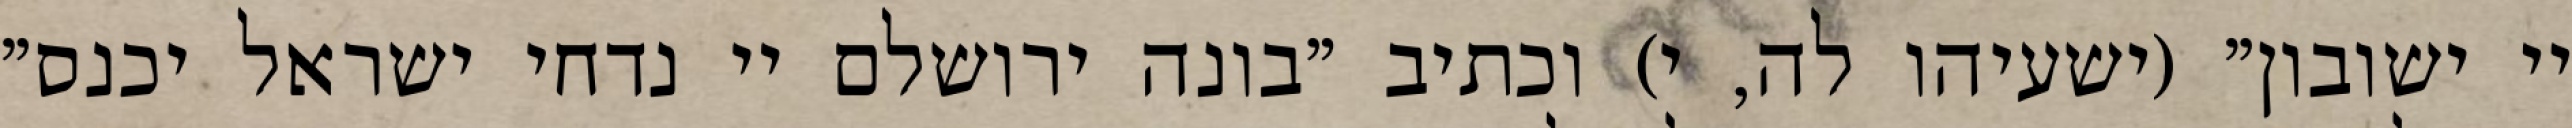
יי ישובון" (ישעיהו לה, י) וכתיב "בונה ירושלם יי נדחי ישראל יכנס"